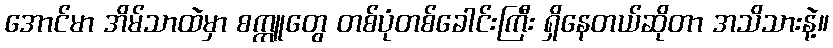
အောင်မာ အိမ်သာထဲမှာ စက္ကူတွေ တစ်ပုံတစ်ခေါင်းကြီး ရှိနေတယ်ဆိုတာ အသိသားနဲ့။